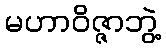
မဟာဝိဇ္ဇာဘွဲ့